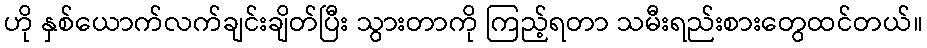
ဟို နှစ်ယောက်လက်ချင်းချိတ်ပြီး သွားတာကို ကြည့်ရတာ သမီးရည်းစားတွေထင်တယ်။